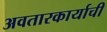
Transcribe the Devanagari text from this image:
अवतारकार्याची